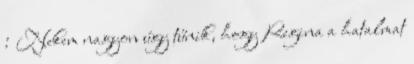
: Nekem nagyon úgy tűnik, hogy Regina a hatalmat